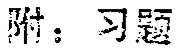
附：习题